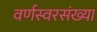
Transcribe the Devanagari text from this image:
वर्णस्वरसंख्या